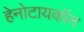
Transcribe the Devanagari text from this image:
हेनोटायकॉन